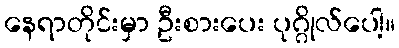
နေရာတိုင်းမှာ ဦးစားပေး ပုဂ္ဂိုလ်ပေါ့။